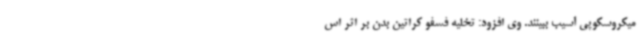
میکروسکوپی آسیب ببینند. وی افزود: تخلیه فسفو کراتین بدن بر اثر اس